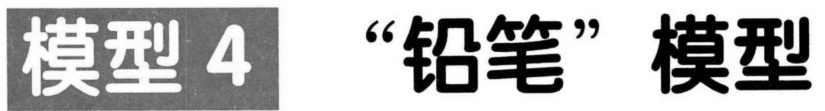
模型 4 “铅笔”模型